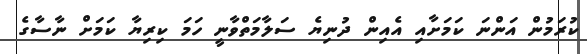
ކުރަމުން އަންނަ ކަމަށާއި އެއިން ދުނިޔެ ސަލާމަތްވާނީ ހަމަ ކިރިޔާ ކަމަށް ނާސާގެ